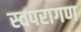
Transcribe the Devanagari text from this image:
स्वपरागण